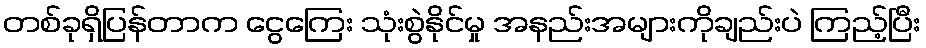
တစ်ခုရှိပြန်တာက ငွေကြေး သုံးစွဲနိုင်မှု အနည်းအများကိုချည်းပဲ ကြည့်ပြီး